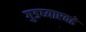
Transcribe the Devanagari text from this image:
गुडघ्याएवढे